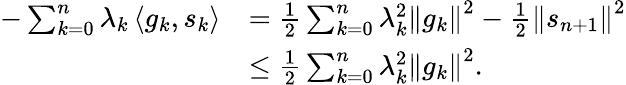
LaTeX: \begin{array}{rl}{-\sum_{k=0}^{n}\lambda_{k}\left\langle g_{k},s_{k}\right\rangle}&{=\frac{1}{2}\sum_{k=0}^{n}\lambda_{k}^{2}\left\Vert g_{k}\right\Vert^{2}-\frac{1}{2}\left\Vert s_{n+1}\right\Vert^{2}}\\ &{\leq\frac{1}{2}\sum_{k=0}^{n}\lambda_{k}^{2}\left\Vert g_{k}\right\Vert^{2}.}\end{array}